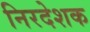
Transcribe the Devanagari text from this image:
निरदेशक